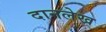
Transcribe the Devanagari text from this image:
दानलेख